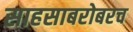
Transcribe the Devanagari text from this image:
साहसाबरोबरच